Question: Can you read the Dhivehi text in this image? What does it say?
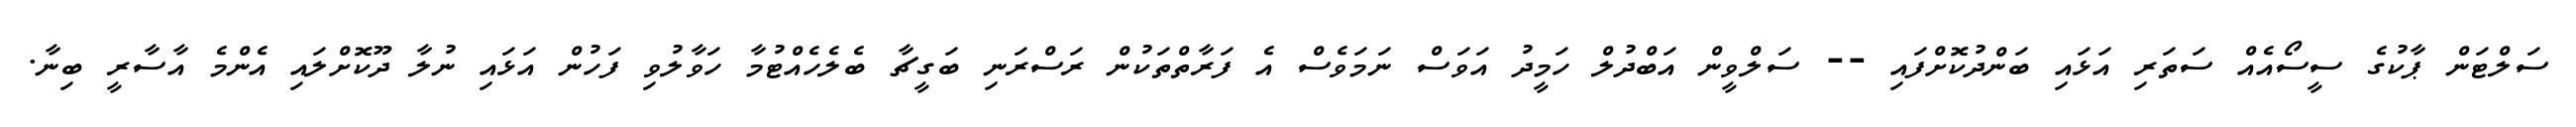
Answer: ސަލްޓަން ޕާކުގެ ސީސޯއެއް ސަތަރި އަޅައި ބަންދުކޮށްފައި -- ސަލްވީން އަބްދުލް ހަމީދު އަވަސް ނަމަވެސް އެ ފަރާތްތަކުން ރަސްރަނި ބަގީޗާ ބެލެހެއްޓުމާ ހަވާލުވި ފަހުން އަޅައި ނުލާ ދޫކޮށްލައި އެންމެ އާސާރީ ބިނާ.